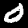
Digit: 0